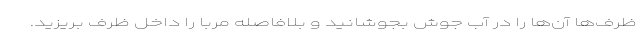
ظرف‌ها آن‌ها را در آب جوش بجوشانید و بلافاصله مربا را داخل ظرف بریزید.